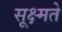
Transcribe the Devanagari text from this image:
सूक्ष्मते